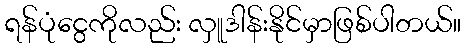
ရန်ပုံငွေကိုလည်း လှူဒါန်းနိုင်မှာဖြစ်ပါတယ်။